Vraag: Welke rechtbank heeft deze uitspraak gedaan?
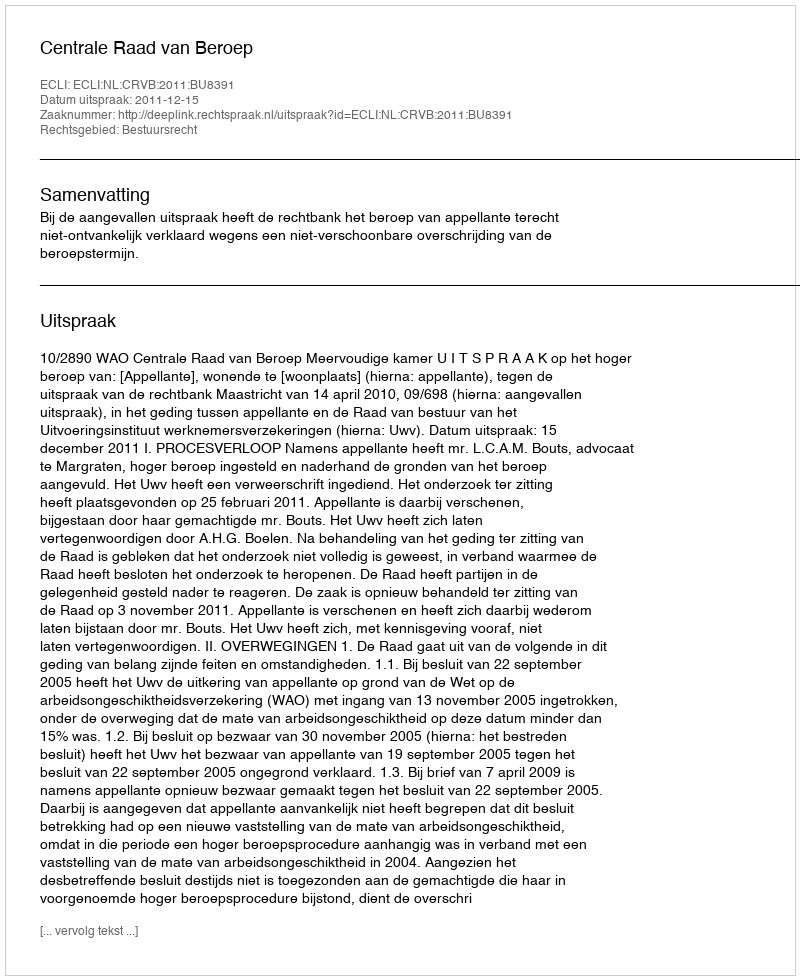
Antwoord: Centrale Raad van Beroep